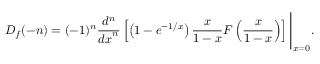
D _ { f } ( - n ) = ( - 1 ) ^ { n } { \frac { d ^ { n } } { { d x } ^ { n } } } \left[ \left( 1 - e ^ { - 1 / x } \right) { \frac { x } { 1 - x } } F \left( { \frac { x } { 1 - x } } \right) \right] { \Biggr | } _ { x = 0 } .